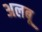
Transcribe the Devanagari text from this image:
अलबू